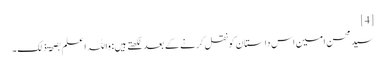
[4]
سید محسن امین اس داستان کو نقل کرنے کے بعد لکھتے ہیں: واللہ اعلم بصحۃ ذلک۔